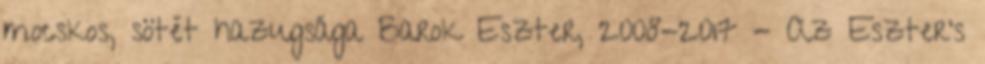
mocskos, sötét hazugsága Barok Eszter, 2008-2017 - Az Eszter's